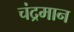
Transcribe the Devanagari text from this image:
चंद्रमान